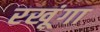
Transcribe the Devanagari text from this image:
रखूंगा